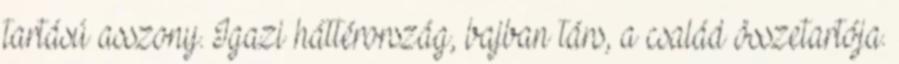
tartású asszony. Igazi háttérország, bajban társ, a család összetartója.